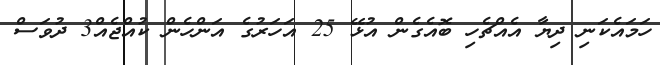
ހަމައެކަނި ދިޔާ އެއްޗެހި ބޮއެގެން އުޅޭ 25 އަހަރުގެ އަންހެން ކުއްޖެއް3 ދުވަސް